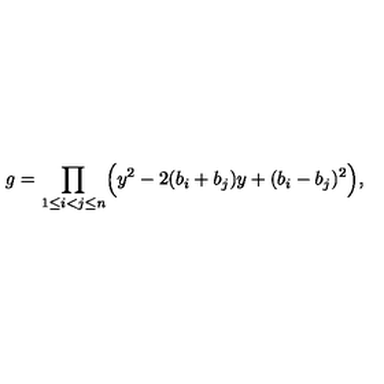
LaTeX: g = \prod _ { 1 \leq i < j \leq n } \Bigl ( y ^ { 2 } - 2 ( b _ { i } + b _ { j } ) y + ( b _ { i } - b _ { j } ) ^ { 2 } \Bigr ) ,